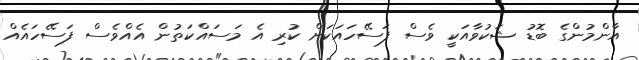
އާންމުންގެ ބޮޑު ޝަކުވާއަކީ ވެސް ފަސޭހައަކަށް ކުރި އެ މަސައްކަތުން އެއްވެސް ފަސޭހައެއް